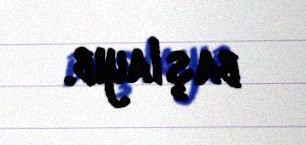
başlayıb.